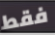
فقط